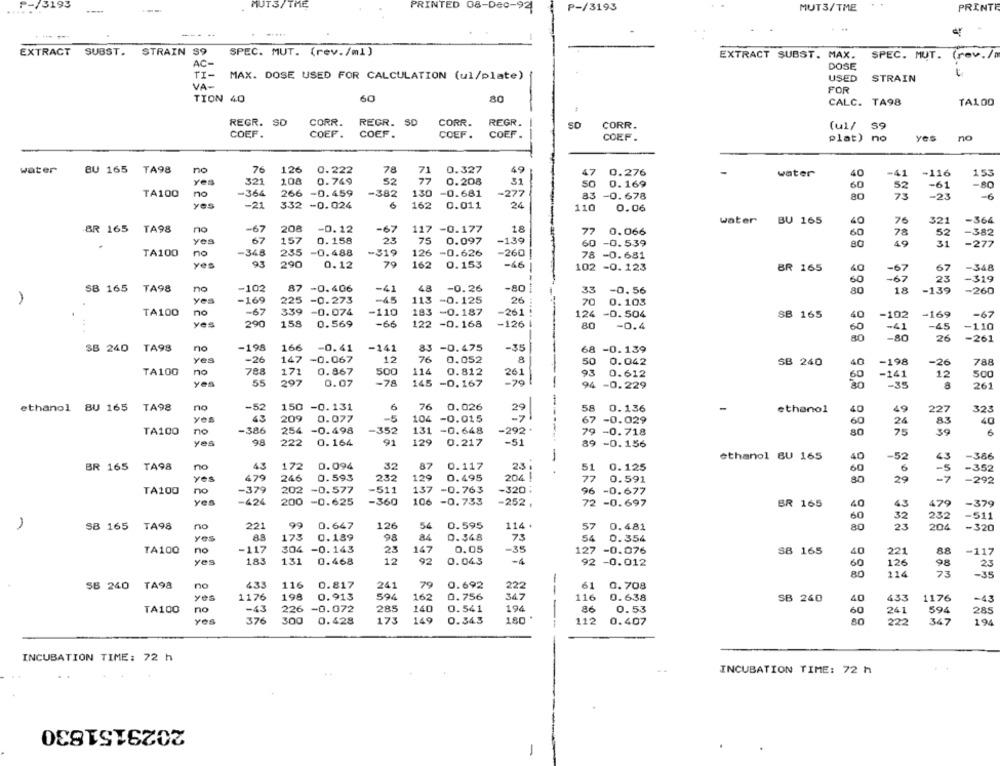
₱-73193
MUT3/ THE
PRINTED
08-Dec-92
P-/3193
MUT3/TME
PRINTE
EXTRACT SUBST.
STRAIN $9
SPEC. MUT. (rev./ml)
EXTRACT SUBST. MAX. SPEC. MUT. (rev./m
( rev . /
AC-
DOSE
TI-
MAX. DOSE USED FOR CALCULATION (ul/plate)
STRAIN
VA-
USED
FOR
TION 40
60
80
CALC. TA98
TA100
REGR. SO
CORR.
REGR. SD
CORR.
REGR.
SD
CORR.
(u1/ 59
COEF.
COEF .
COEF.
COEF.
COEF .
COEF .
plat) no
Yes
no
water
BU 165 TA98
no
76
78
0.327
49
126 0.222
71
47
0.276
water
40
-41
-116
153
Yes
321
108
0.749
52
77
0.208
31
SO
0.169
60
52
-61
-80
TA100
no
-364
266
-0.459
-382
130
-0.681
-277
83 -0.678
80
73
-23
-6
yes
-21
332 -0.024
162
0.011
24
110
0.06
water
BU 165
7€
321
-364
BR 165 TA98
no
-67
208
-0.12
-67
117
-0.177
18
0.066
40
52
77
60
78
-382
yes
67
157
0.158
23
75
0.097
-139
60
-0.539
80
49
31
-277
TA100
no
-348
235
-0.488
-319
126
-0.626
-260|
78 -0.681
yes
93
290
0.12
79
162
0.153
-46
102 -0.123
BR 165
-67
67
-348
60
-67
23
-319
SB 165
TA98
no
-102
87 -0.406
-41
48
-0.26
-80
----
33
-0.56
80
18
-139
-260
Yes
-169
225
-0.273
-45
113 -0.125
26
70
0.103
TA100
no
-67
339
-0.074
-110
183
-0.187
-261
124
-0.504
SB 165
-102
-169
-67
yes
290
158
0.569
-66
122
-0.168
-126
40
80
-0.4
-41
-45
-110
80
-80
26
-261
SB 240 TA98
no
-198
166
-0.41
-241
83 -0.475
-35
68 -0.139
yes
-26
147
-0.067
12
76
0.052
8
50
-198
0.042
SB 240
40
-26
788
TA100
no
788
171
0.867
500
114
0.812
261
93
0.612
-141
12
500
yes
55
297
0.07
-78
145 -0.167
-79
--
-35
94
-0.229
93.8
8
261
ethanol BU 165 TA98
no
-52
150 -0.131
6
76
0.026
0.136
-
29
58
ethanol
40
49
227
323
yes
43
209
0.077
-5
104 -0.015
67
-0.029
83
40
no
-386
254
-0.498
-352
131 -0.648
-292 .
60
24
TA100
-----
79 -0.718
80
75
39
yes
98
222
0.164
91
129
0.217
-51
89 -0.156
-
ethanol BU 165
40
-52
43
-386
BR 165 TA98
43
172
0.094
32
87
0.117
23:
51
0.125
6
-352
0.593
120
204
60
-5
yes
479
246
232
0.495
77
0.591
29
-7
-292
TA100
no
-379
202
-0.577
-511
137
-0.763
-320;
96 -0.677
yen
-424
200 -0.625
-360
106 -0.733
-252 ,
72 -0.697
BR 165
40
43
479
-379
60
32
232
-511
1
SB 165
TA98
no
221
99
0.647
126
54
0.595
114 .
57
0.481
80
25
204
-320
yes
89
173
0.189
98
D.348
73
54
0.354
TA100
no
-117
304
-0.143
23
147
0.05
-35
127 -0.076
SB 165
40
221
88
-117
12
92
-4
yes
183
131
0.468
0.043
92 -0.012
60
126
98
23
80
114
73
-35
SB 240
TA98
no
433
116
0.817
241
79
0.692
222
--
61
0.708
yes
1176
198
0.913
594
162
0.756
347
116
0.638
433
1176
SB 240
40
-43
TA100
no
-43
226
-0.072
285
140
0.541
194
-
86
0.53
60
241
285
376
300
0.428
173
149
0.343
180 '
112
594
194
0.407
INCUBATION TIME: 72 h
INCUBATION TIME: 72 h
2029151830
-